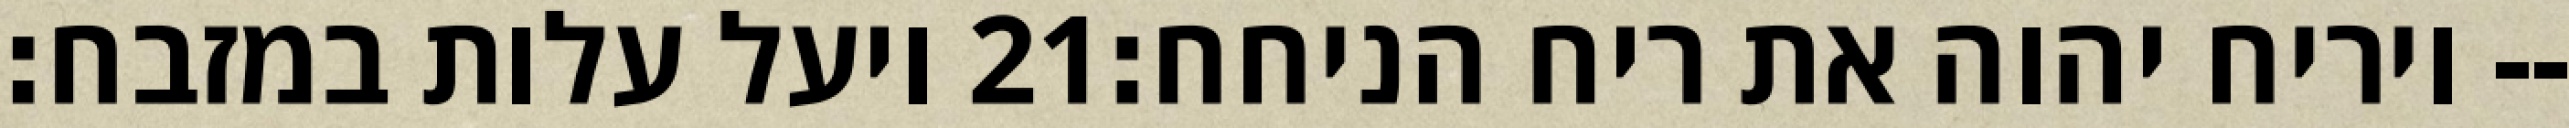
ויעל עלות במזבח׃ ‎21‏ ויריח יהוה את ריח הניחח׃--